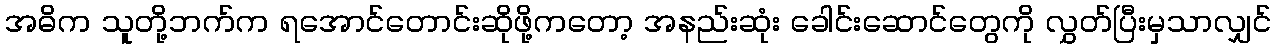
အဓိက သူတို့ဘက်က ရအောင်တောင်းဆိုဖို့ကတော့ အနည်းဆုံး ခေါင်းဆောင်တွေကို လွှတ်ပြီးမှသာလျှင်